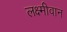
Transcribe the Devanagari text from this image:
लक्ष्मीवान